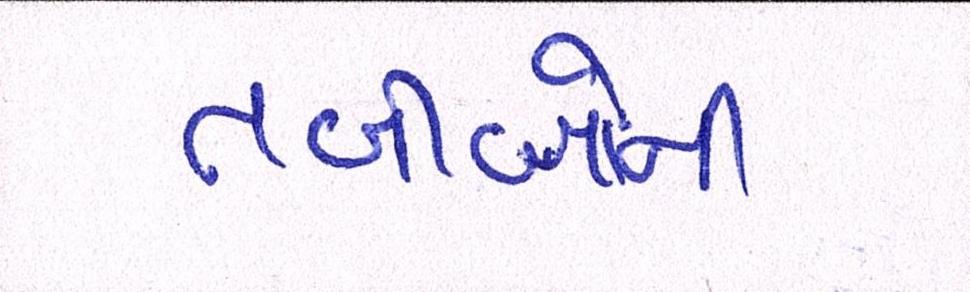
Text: તબીબોની